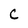
Character: C